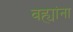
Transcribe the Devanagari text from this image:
वह्यांना